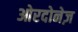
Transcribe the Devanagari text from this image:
ओरदोनेज़